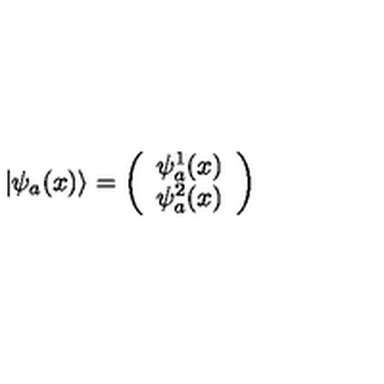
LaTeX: \vert \psi _ { a } ( x ) \rangle = \left( \begin{array} { c } { \psi _ { a } ^ { 1 } ( x ) } \\ { \psi _ { a } ^ { 2 } ( x ) } \\ \end{array} \right)